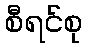
စီရင်စု